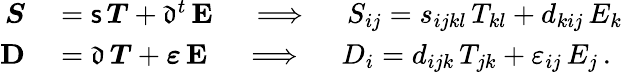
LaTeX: \begin{array}{rl}{{\boldsymbol{S}}}&{{}={\mathsf{s}}\, {\boldsymbol{T}}+{\mathfrak{d}}^{t}\, \mathbf{E}\quad\implies\quad S_{ij}=s_{ijkl}\, T_{kl}+d_{kij}\, E_{k}}\\ {\mathbf{D}}&{{}={\mathfrak{d}}\, {\boldsymbol{T}}+{\boldsymbol{\varepsilon}}\, \mathbf{E}\quad\implies\quad D_{i}=d_{ijk}\, T_{jk}+\varepsilon_{ij}\, E_{j}\, .}\end{array}